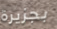
بجزيرة